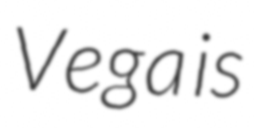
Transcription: Vega is